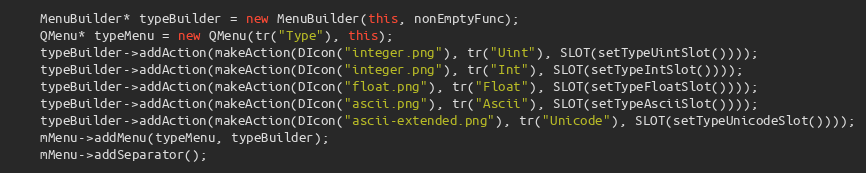
Language: C++
    MenuBuilder* typeBuilder = new MenuBuilder(this, nonEmptyFunc);
    QMenu* typeMenu = new QMenu(tr("Type"), this);
    typeBuilder->addAction(makeAction(DIcon("integer.png"), tr("Uint"), SLOT(setTypeUintSlot())));
    typeBuilder->addAction(makeAction(DIcon("integer.png"), tr("Int"), SLOT(setTypeIntSlot())));
    typeBuilder->addAction(makeAction(DIcon("float.png"), tr("Float"), SLOT(setTypeFloatSlot())));
    typeBuilder->addAction(makeAction(DIcon("ascii.png"), tr("Ascii"), SLOT(setTypeAsciiSlot())));
    typeBuilder->addAction(makeAction(DIcon("ascii-extended.png"), tr("Unicode"), SLOT(setTypeUnicodeSlot())));
    mMenu->addMenu(typeMenu, typeBuilder);
    mMenu->addSeparator();